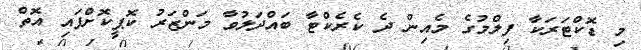
މި ޑޮކްޓަރަކާ ފިލްމުގެ މެއިން ދެ ކެރެކްޓާ ބައްދަލުވާ މަންޒަރު ކޮޕީކޮށްފައި އޮތް